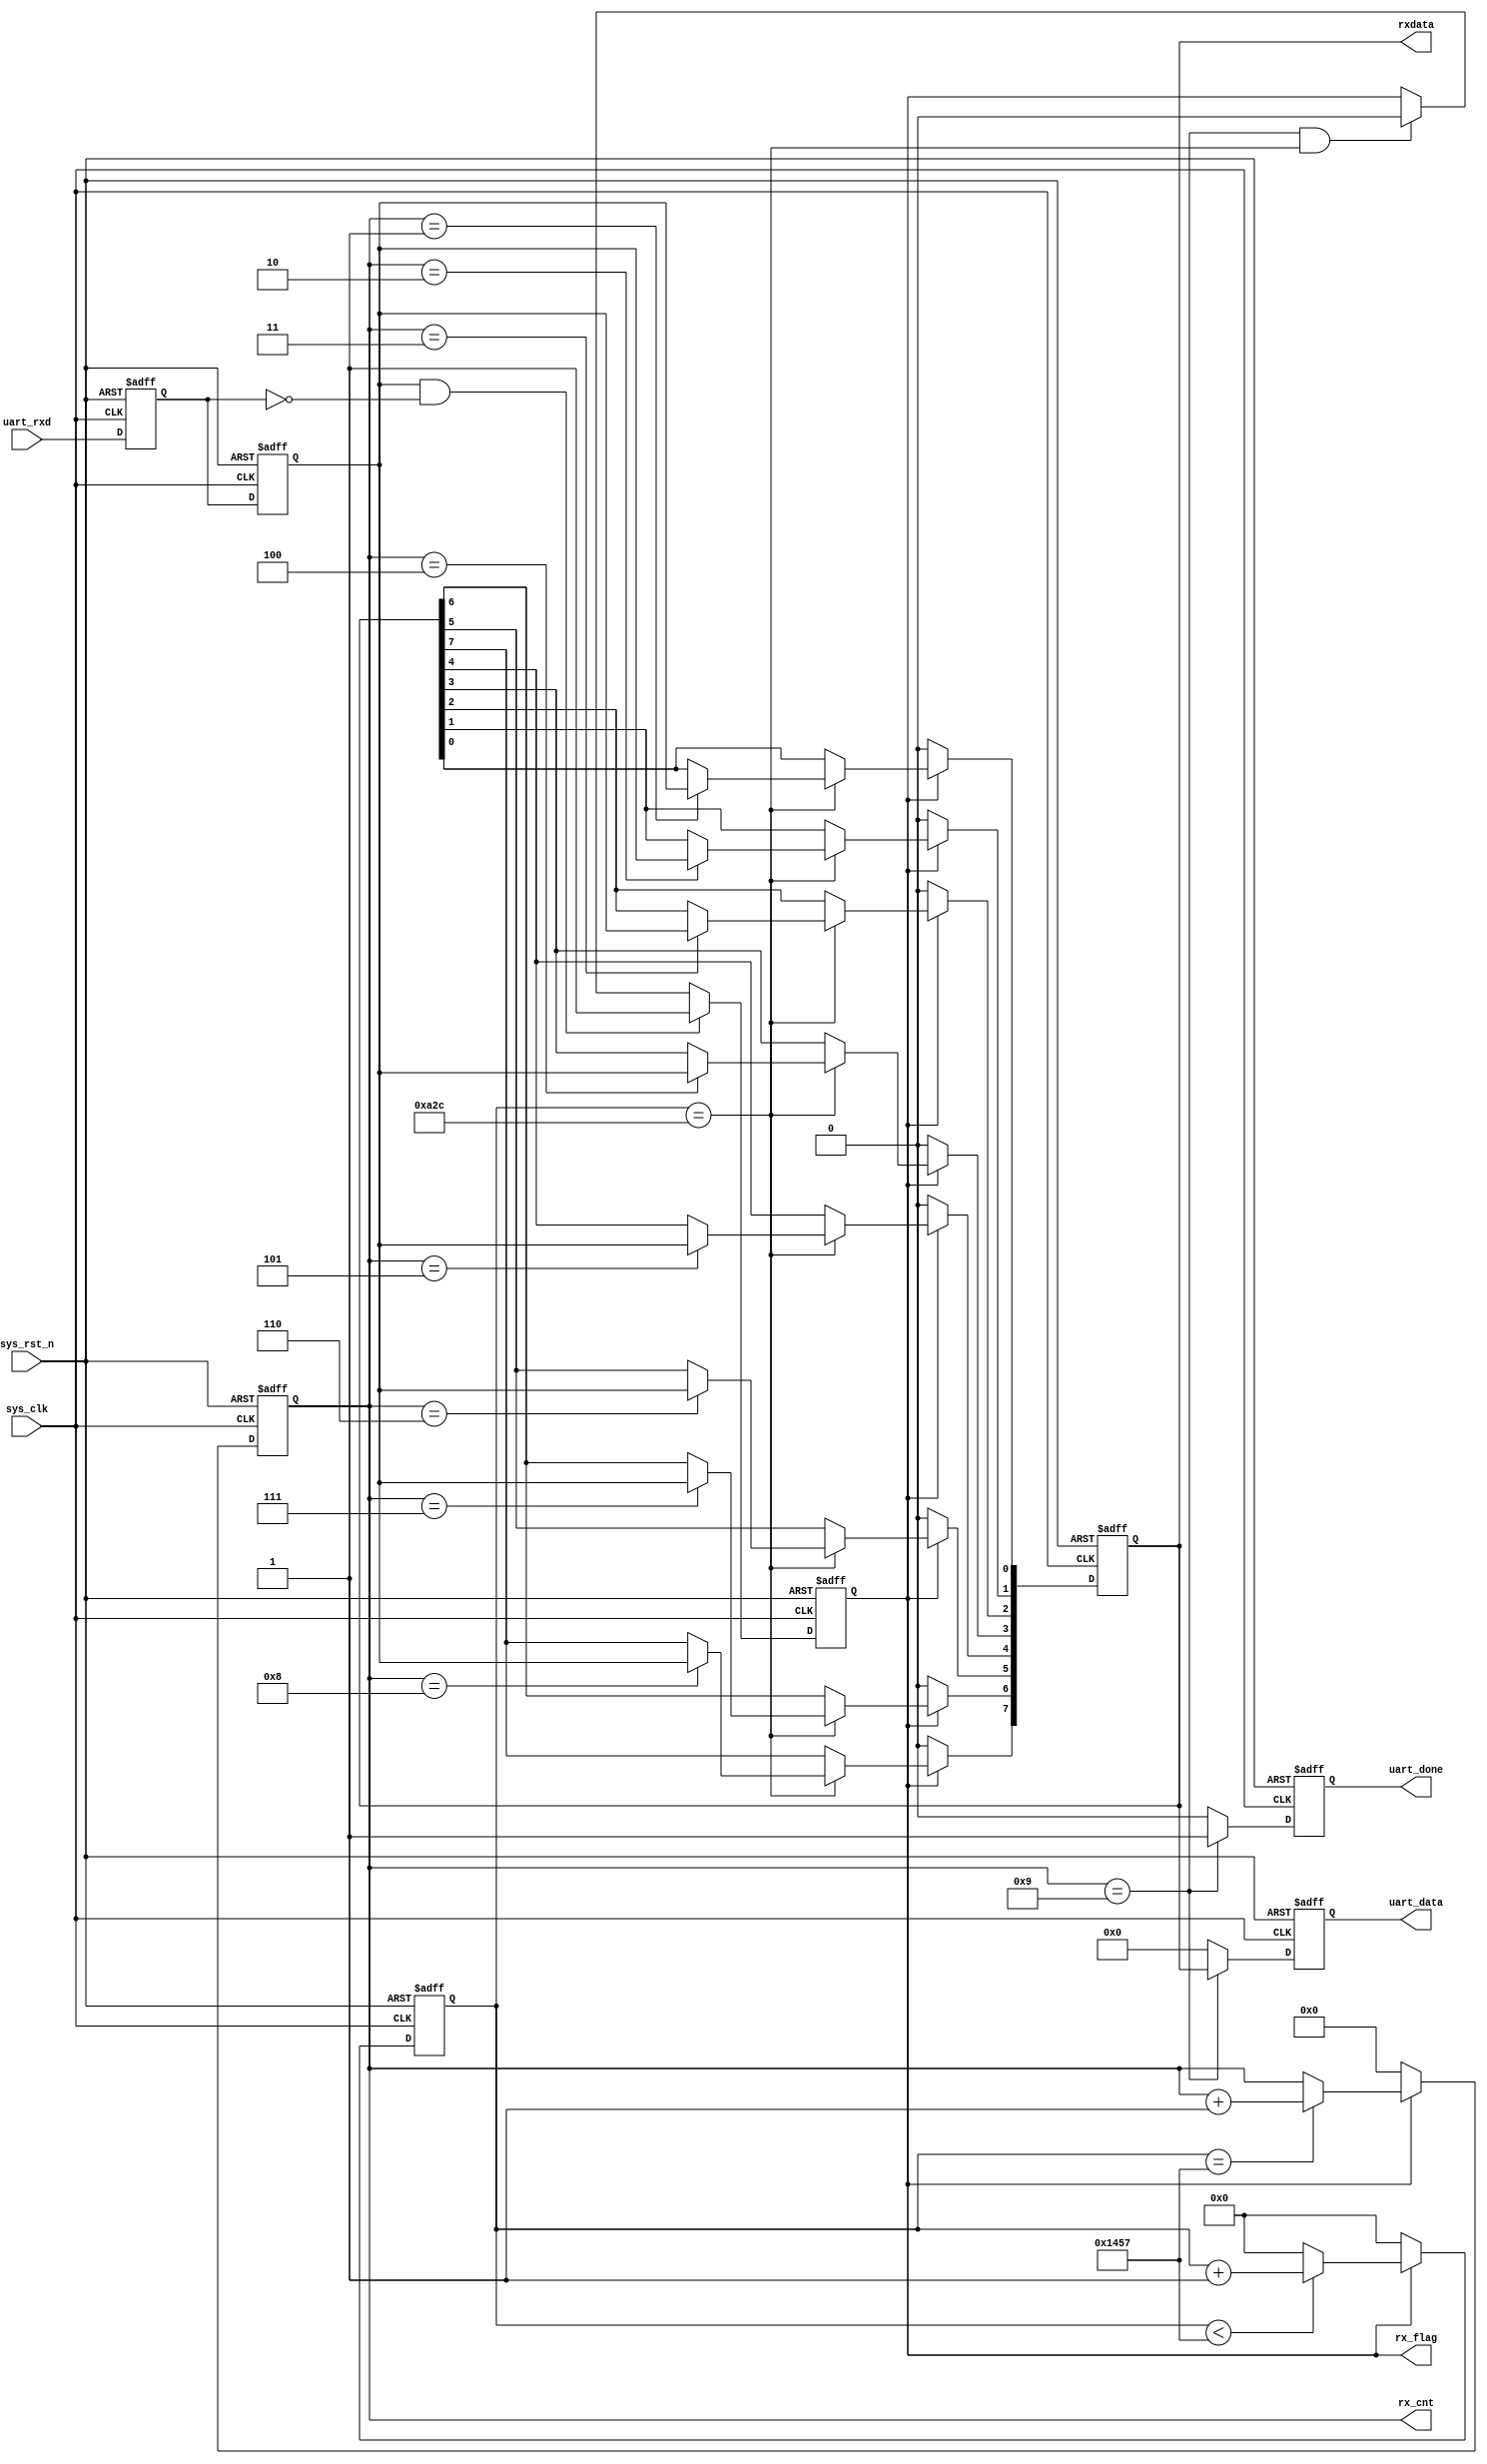
// This program was cloned from: https://github.com/bunny965/yolov5-fpga-hardware-acceleration
// License: GNU General Public License v3.0

//****************************************Copyright (c)***********************************//
//www.yuanzige.com
//www.openedv.com
//http://openedv.taobao.com 
//""ZYNQ & FPGA & STM32 & LINUX
//
//Copyright(C)  2018-2028
//All rights reserved	                               
//----------------------------------------------------------------------------------------
// File name:           uart_recv
// Last modified Date:  2019/10/9 9:56:36
// Last Version:        V1.1
// Descriptions:        UART
//----------------------------------------------------------------------------------------
// Created by:          
// Created date:        2019/10/9 9:56:36
// Version:             V1.0
// Descriptions:        The original version
//
//----------------------------------------------------------------------------------------
//****************************************************************************************//

module uart_recv(
    input			  sys_clk,                  //
    input             sys_rst_n,                //
    
    input             uart_rxd,                 //UART
    output  reg       uart_done,                //
    output  reg       rx_flag,                  //
    output  reg [ 3:0] rx_cnt,                  //
    output  reg [ 7:0] rxdata,
    output  reg [7:0] uart_data                 //
    );
    
//parameter define
parameter  CLK_FREQ = 50000000;                //
parameter  UART_BPS = 9600;                    //
localparam  BPS_CNT  = CLK_FREQ/UART_BPS;       //
                                                //BPS_CNT
//reg define
reg        uart_rxd_d0;
reg        uart_rxd_d1;
reg [15:0] clk_cnt;                              //

//wire define
wire       start_flag;

//*****************************************************
//**                    main code
//*****************************************************
//()
assign  start_flag = uart_rxd_d1 & (~uart_rxd_d0);    

//UART
always @(posedge sys_clk or negedge sys_rst_n) begin 
    if (!sys_rst_n) begin 
        uart_rxd_d0 <= 1'b0;
        uart_rxd_d1 <= 1'b0;          
    end
    else begin
        uart_rxd_d0  <= uart_rxd;                   
        uart_rxd_d1  <= uart_rxd_d0;
    end   
end

//start_flag           
always @(posedge sys_clk or negedge sys_rst_n) begin         
    if (!sys_rst_n)                                  
        rx_flag <= 1'b0;
    else begin
        if(start_flag)                          //
            rx_flag <= 1'b1;                    //rx_flag
                                                //
        else if((rx_cnt == 4'd9) && (clk_cnt == BPS_CNT/2))
            rx_flag <= 1'b0;                    //rx_flag
        else
            rx_flag <= rx_flag;
    end
end

//
always @(posedge sys_clk or negedge sys_rst_n) begin         
    if (!sys_rst_n)                             
        clk_cnt <= 16'd0;                                  
    else if ( rx_flag ) begin                   //
        if (clk_cnt < BPS_CNT - 1)
            clk_cnt <= clk_cnt + 1'b1;
        else
            clk_cnt <= 16'd0;               	//
    end
    else                              				
        clk_cnt <= 16'd0;						//
end

//
always @(posedge sys_clk or negedge sys_rst_n) begin         
    if (!sys_rst_n)                             
        rx_cnt  <= 4'd0;
    else if ( rx_flag ) begin                   //
        if (clk_cnt == BPS_CNT - 1)				//
            rx_cnt <= rx_cnt + 1'b1;			//1
        else
            rx_cnt <= rx_cnt;       
    end
	 else
        rx_cnt  <= 4'd0;						//
end

//uart
always @(posedge sys_clk or negedge sys_rst_n) begin 
    if ( !sys_rst_n)  
        rxdata <= 8'd0;                                     
    else if(rx_flag)                            //
        if (clk_cnt == BPS_CNT/2) begin         //
            case ( rx_cnt )
             4'd1 : rxdata[0] <= uart_rxd_d1;   //
             4'd2 : rxdata[1] <= uart_rxd_d1;
             4'd3 : rxdata[2] <= uart_rxd_d1;
             4'd4 : rxdata[3] <= uart_rxd_d1;
             4'd5 : rxdata[4] <= uart_rxd_d1;
             4'd6 : rxdata[5] <= uart_rxd_d1;
             4'd7 : rxdata[6] <= uart_rxd_d1;
             4'd8 : rxdata[7] <= uart_rxd_d1;   //
             default:;                                    
            endcase
        end
        else 
            rxdata <= rxdata;
    else
        rxdata <= 8'd0;
end

//
always @(posedge sys_clk or negedge sys_rst_n) begin        
    if (!sys_rst_n) begin
        uart_data <= 8'd0;                               
        uart_done <= 1'b0;
    end
    else if(rx_cnt == 4'd9) begin               //           
        uart_data <= rxdata;                    //
        uart_done <= 1'b1;                      //
    end
    else begin
        uart_data <= 8'd0;                                   
        uart_done <= 1'b0; 
    end    
end

endmodule